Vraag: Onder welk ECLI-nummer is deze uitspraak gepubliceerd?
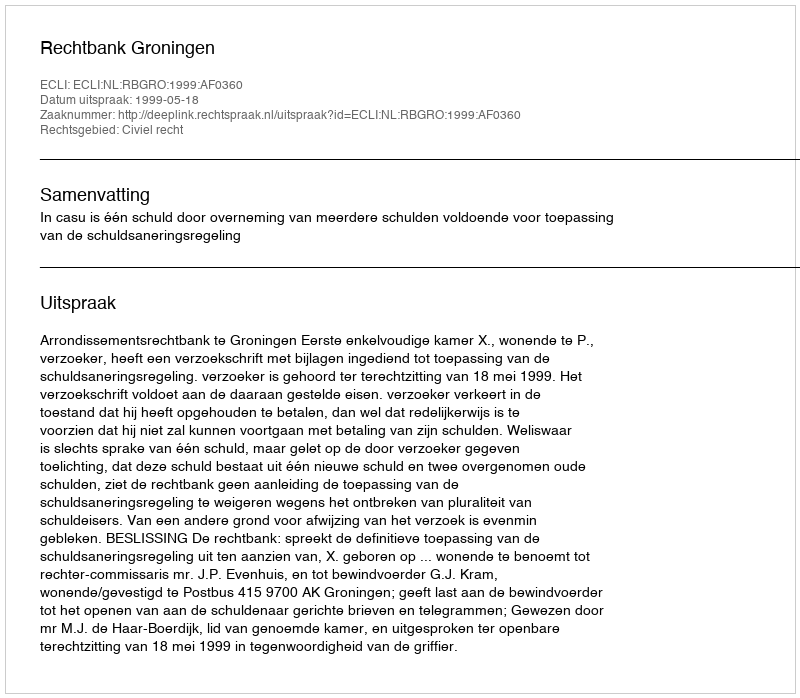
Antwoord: ECLI:NL:RBGRO:1999:AF0360